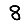
Digit: 8